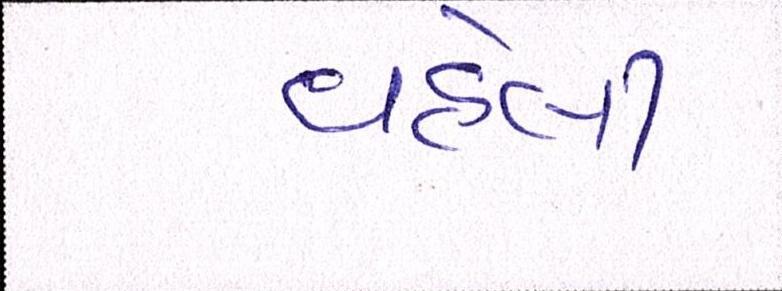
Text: વહેલી